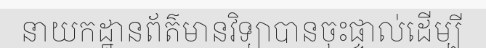
នាយកដ្ឋានព័ត៌មានវិទ្យាបានចុះផ្ទាល់ដើម្បី